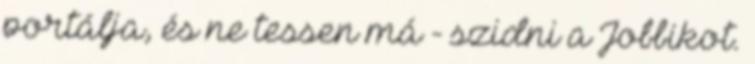
portálja, és ne tessen má - szidni a Jobbikot.